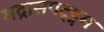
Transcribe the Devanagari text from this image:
मद्रासपट्ट्नम